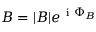
B = | B | e ^ { \mathrm { ~ i ~ } \Phi _ { B } }